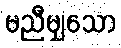
မညီမျှသော